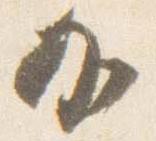
加